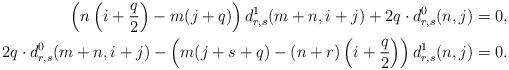
LaTeX: \begin{align*}\left(n\left(i+\frac q2\right)-m(j+q)\right)d^1_{r,s}(m+n,i+j)+2q\cdot d^0_{r,s}(n,j)&=0,\\2q\cdot d^0_{r,s}(m+n,i+j)-\left(m(j+s+q)-(n+r)\left(i+\frac q2\right)\right)d^1_{r,s}(n,j)&=0.\end{align*}